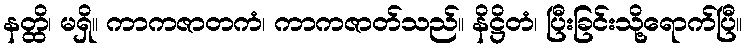
နတ္ထိ၊ မရှိ။ ကာကဇာတကံ၊ ကာကဇာတ်သည်။ နိဋ္ဌိတံ၊ ပြီးခြင်းသို့ရောက်ပြီ။